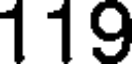
119